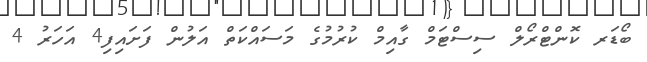
ބޯޑަރ ކޮންޓްރޯލް ސިސްޓަމް ގާއިމް ކުރުމުގެ މަސައްކަތް އަލުން ފަށައިފި4 އަހަރު 4